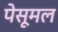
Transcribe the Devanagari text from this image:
पेसूमल